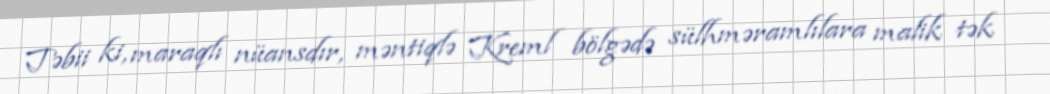
Təbii ki, maraqlı nüansdır, məntiqlə Kreml bölgədə sülhməramlılara malik tək